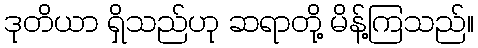
ဒုတိယာ ရှိသည်ဟု ဆရာတို့ မိန့်ကြသည်။